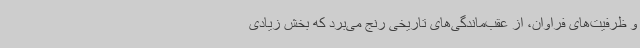
و ظرفیت‌های فراوان، از عقب‌ماندگی‌های تاریخی رنج می‌برد که بخش زیادی